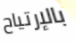
بالإرتياح